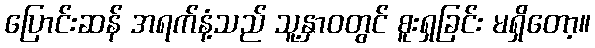
ပြောင်းဆန် အရက်နံ့သည် သူ့နှာဝတွင် စူးရှခြင်း မရှိတော့။